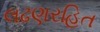
લઢણરહિત